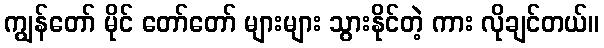
ကျွန်တော် မိုင် တော်တော် များများ သွားနိုင်တဲ့ ကား လိုချင်တယ်။